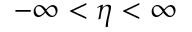
- \infty < \eta < \infty